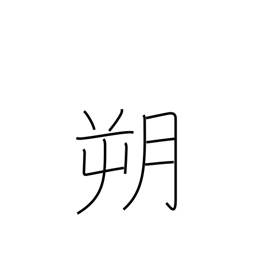
Meaning: north